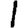
Digit: 1